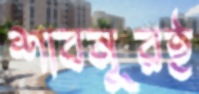
শাবনূরই